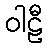
ဝါဠီ